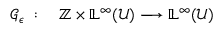
\begin{array} { r l } { \mathcal { G } _ { \epsilon } \; : } & { { } \; \mathbb { Z } \times \mathbb { L } ^ { \infty } ( \mathcal { U } ) \longrightarrow \mathbb { L } ^ { \infty } ( \mathcal { U } ) } \end{array}